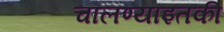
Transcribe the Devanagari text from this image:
चालण्याइतकी